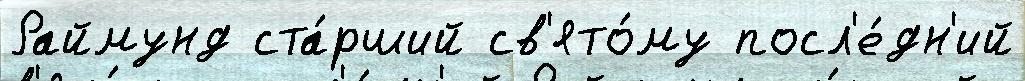
Раймунд ста́рший св'ято́му посл'е́дн'ий